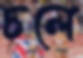
চলে